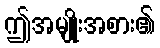
ဤအမျိုးအစား၏